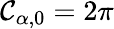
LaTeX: \mathcal{C}_{\alpha,0}=2\pi